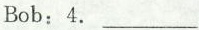
Bob: 4. ___